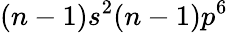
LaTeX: (n-1)s^{2}(n-1)p^{6}